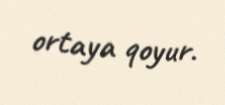
ortaya qoyur.